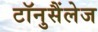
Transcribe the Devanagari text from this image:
टॉनुसैंलेज